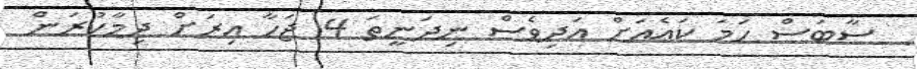
ސާބަސް ހަމަ ކައެއަށް އަދިވެސް ނިދަނީތަ 4 ޖަހާ އިރަށް ދިމާކުރަން